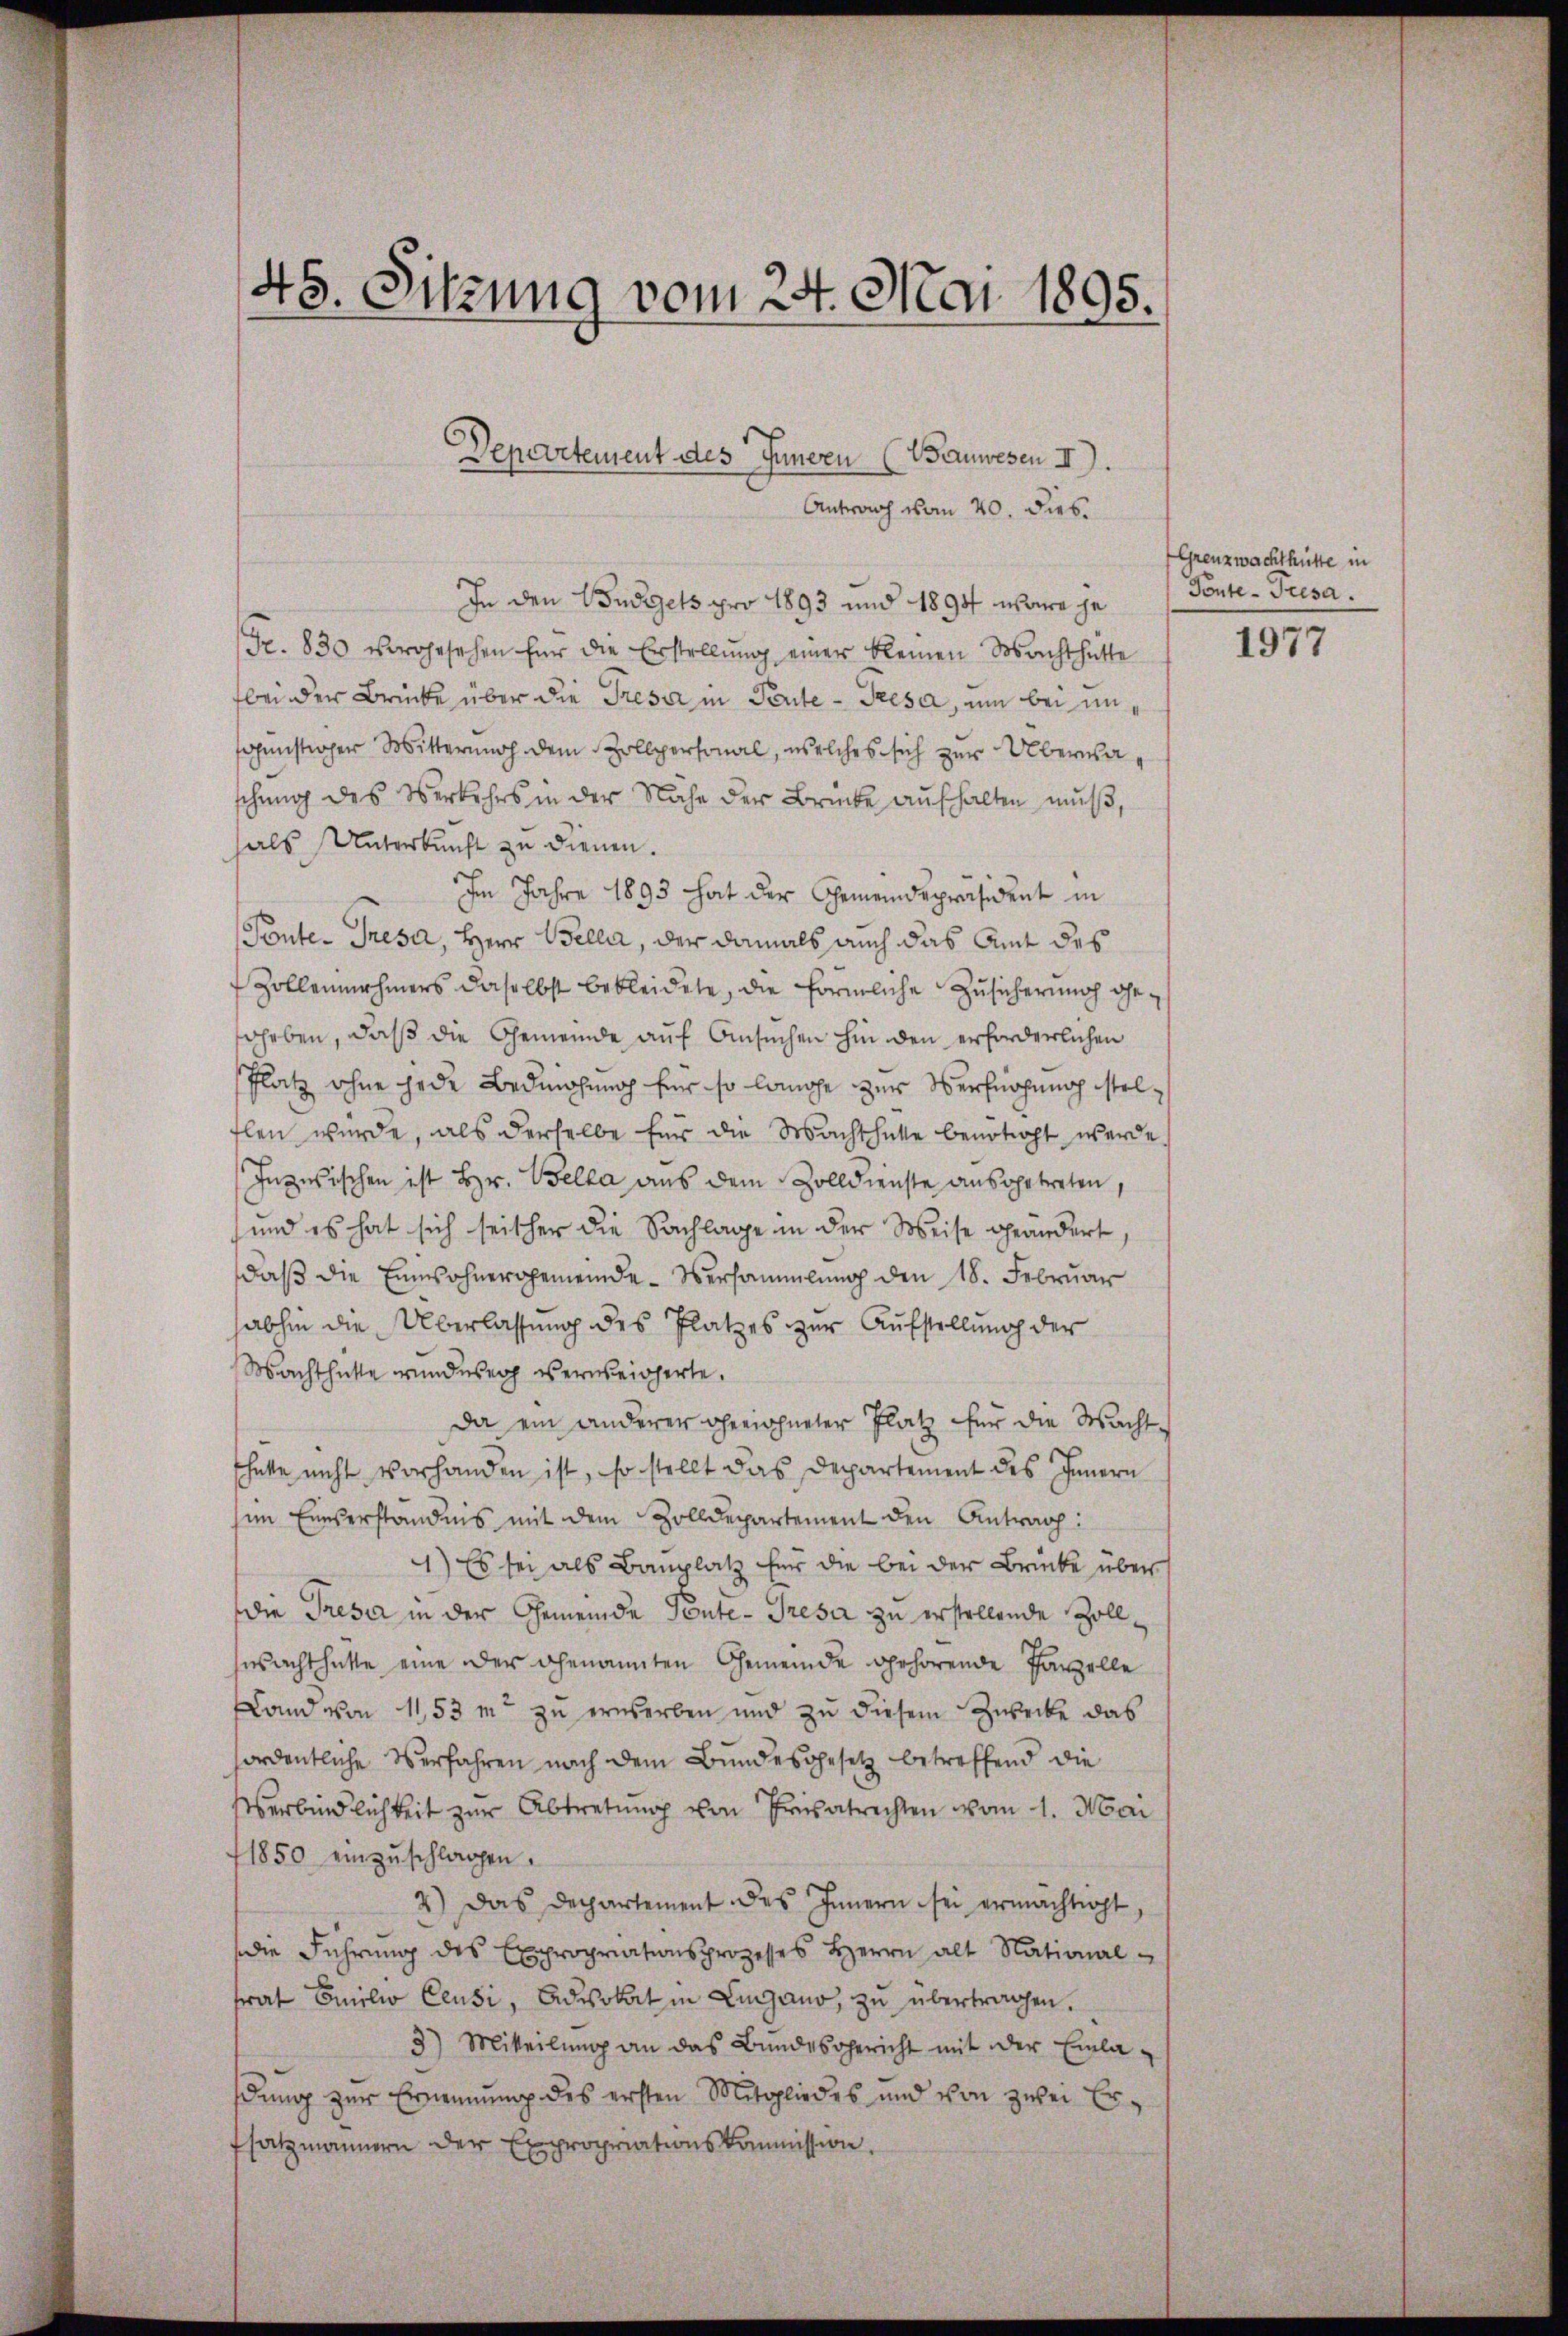
Antrag vom 20. dies.
In den Budgets pro 1893 und 1894 wowo je
Gr. 830 vorgesehen für die Erstellŭng einer kleinen Macht hatte
bei der Brücke über die Tresa in Pente - Presa, um bei ungünstiger Witterung dem Zollpersonal, welches sich zur Überwaschung des Verkehrs in der Nähe der Brücke aufhalten muß,
als Unterkunft zu dienen.
Im Jahre 1893 hat der Gemeindspräsident in
Ponte- Tresa, Herr Bella, der damals auch das Amt des
Zollennehmers daselbst bekleidete, die förmliche Zusicherung gesgeben, daß die Gemeinde auf Ansuchen hin den erforderlichen
Platz ohne jede Bedingung für so lange zur Verfnahung stelflen würde, als derselbe für die Machthalte benotoht werde.
Inzwischen ist Hr. Velka aus dem Zolldienste ausgetreten,
und es hat sich seither die Sachlage in der Weise geändert,
daß die Einwohnergemeinde-Versammlung den 18. Februar
abhin die Überlassung des Platzes zur Aufstellung der
Machthalte wunderer verweigerte.
da ein anderer oheeichneter Platz für die Wachtchatte nicht vorhanden ist, so stellt das Departement des Innern
sim Einverständnis mit dem Zolldepartement den Antrag:
1) Es sei als Bauplatz für die bei der Brücke über
die Tresa in der Gemeinde Ponte - Tresa zu erstellende Zollwacht hatte eine der genannten Gemeinde gehörende Parzelle
Land von 11,53 mt zŭ erwerben und zŭ diesem Zwecke das
ordentliche Verfahren nach dem Bundesgesetz betreffend die
Verbindlichkeit zur Abtretung von Privatrechten vom 1. Mai
1850 einzuschlagen.
2.) Das Departement des Innern sei ermächtigt,
die Führung des Expropriationsprozesses Herrn alt National-
frat Emilio Censi, Advokat in Lugano, zu übertragen.
3) Mitteilung an das Bundesgericht mit der Einladung zur Ernennung des ersten Mitgliedes und von zwei Er-
fsatzmännern der Expropriationskommission.

45. Sitzung vom 24. Mai 1895.

Departement des Innern (Bauwesen II.

Grenzwachthütte in
Ponte- Presa.

1977